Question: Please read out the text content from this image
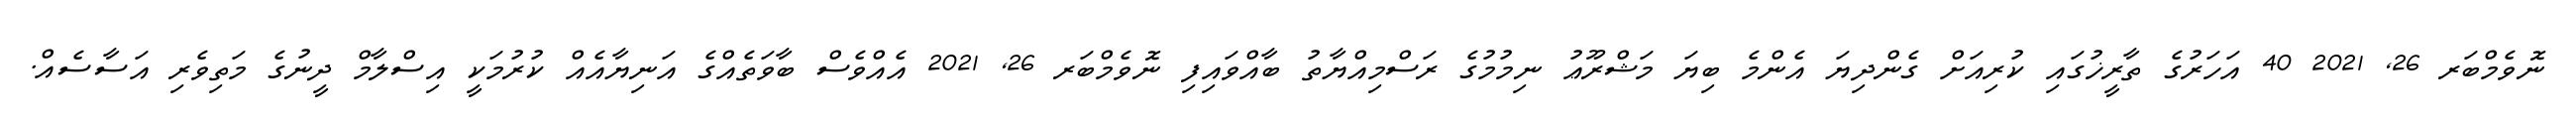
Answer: ނޮވެމްބަރ 26, 2021 40 އަހަރުގެ ތާރީޚުގައި ކުރިއަށް ގެންދިޔަ އެންމެ ބިޔަ މަޝްރޫޢު ނިމުމުގެ ރަސްމިއްޔާތު ބާއްވައިފި ނޮވެމްބަރ 26, 2021 އެއްވެސް ބާވަތެއްގެ އަނިޔާއެއް ކުރުމަކީ އިސްލާމް ދީނުގެ މަތިވެރި އަސާސެއް.